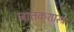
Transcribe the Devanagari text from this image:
जातकशास्त्र